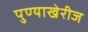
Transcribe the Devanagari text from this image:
पुण्याखेरीज